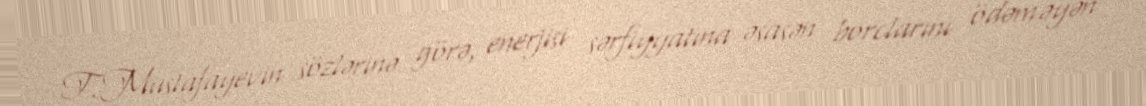
T.Mustafayevin sözlərinə görə, enerjisi sərfiyyatına əsasən borclarını ödəməyən